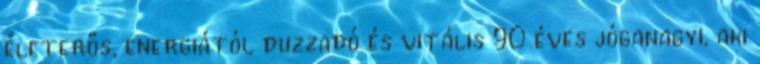
életerős, energiától duzzadó és vitális 90 éves jóganagyi, aki